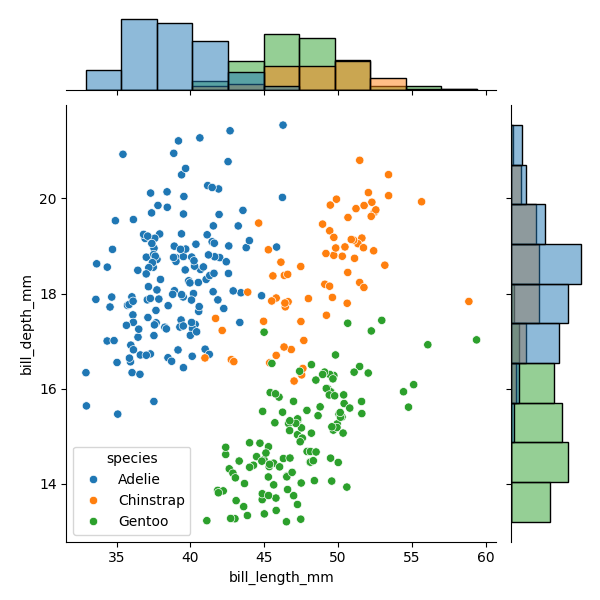
python, seaborn, JointGrid, scatterplot, histplot, hue